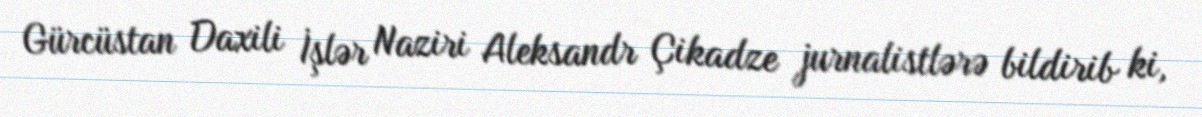
Gürcüstan Daxili İşlər Naziri Aleksandr Çikadze jurnalistlərə bildirib ki,